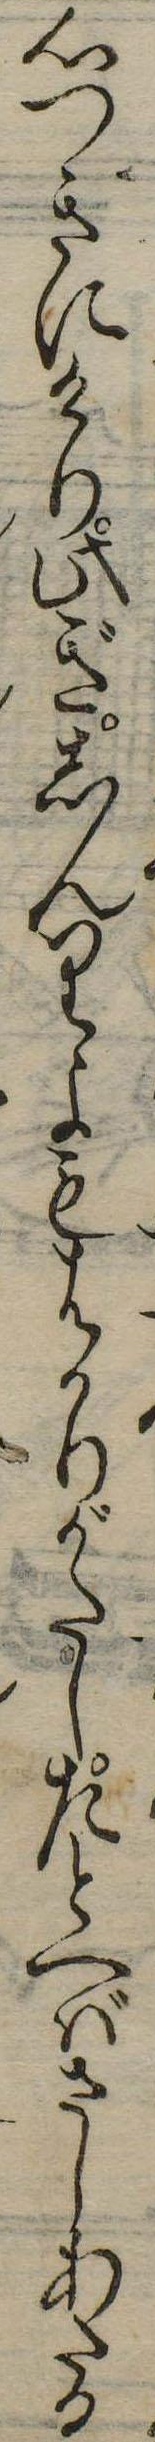
心つきにけり此ぎしんりよもはかりがたしたとへばさしあたる